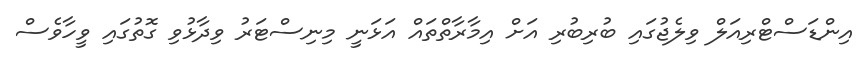
އިންޑަސްޓްރިއަލް ވިލެޖުގައި ބުރިބުރި އަށް އިމާރާތްތައް އަޅަނީ މިނިސްޓަރު ވިދާޅުވި ގޮތުގައި ވީހާވެސް